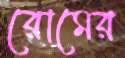
রোমের